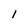
Character: 1